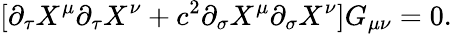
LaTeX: [\partial_{\tau}X^{\mu}\partial_{\tau}X^{\nu}+c^{2}\partial_{\sigma}X^{\mu}\partial_{\sigma}X^{\nu}]G_{\mu\nu}=0.